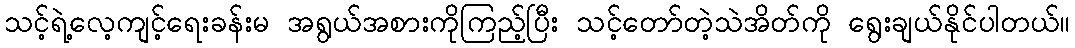
သင့်ရဲ့လေ့ကျင့်ရေးခန်းမ အရွယ်အစားကိုကြည့်ပြီး သင့်တော်တဲ့သဲအိတ်ကို ရွေးချယ်နိုင်ပါတယ်။